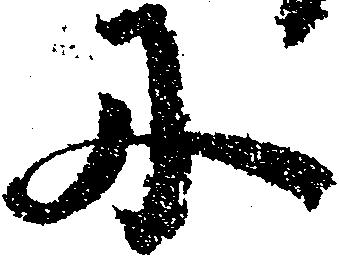
に